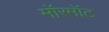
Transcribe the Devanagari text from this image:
मॉरमॉट